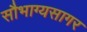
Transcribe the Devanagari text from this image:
सौभाग्यसागर